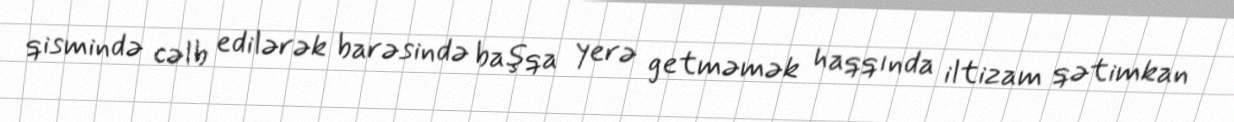
qismində cəlb edilərək barəsində başqa yerə getməmək haqqında iltizam qətimkan